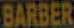
BARBER